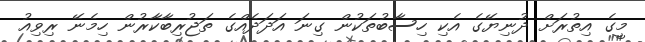
މީގެ އިތުރަށް ދުނިޔޭގެ އެކި ހިސާބުތަކުން ގިނަ އަދަދެއްގެ ތަޖުރިބާކާރުން ހިމެނޭ ރިވިއު